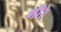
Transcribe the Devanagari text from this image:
मीरे